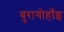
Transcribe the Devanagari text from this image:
बुरागोहाँइ